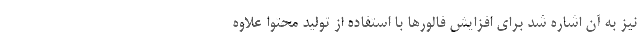
نیز به آن اشاره شد برای افزایش فالورها با استفاده از تولید محتوا علاوه